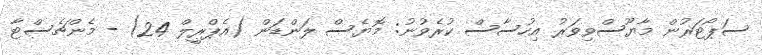
ސަޕޯޓަރުން މާޔޫސްވިވަރު އިހުސާސް ކުރެވުނު: މޮޔެސް ލަންޑަން (އެޕްރީލް 24) - މެންޗެސްޓާ